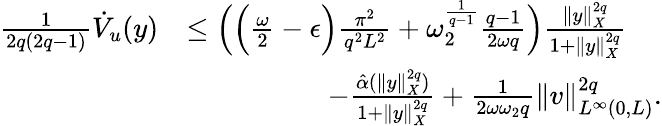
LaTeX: \begin{array}{rl}{\frac{1}{2q(2q-1)}\dot{V}_{u}(y)}&{\leq\Big(\Big(\frac{\omega}{2}-\epsilon\Big)\frac{\pi^{2}}{q^{2}L^{2}}+\omega_{2}^{\frac{1}{q-1}}\frac{q-1}{2\omega q}\Big)\frac{\| y\| _{X}^{2q}}{1+\| y\| _{X}^{2q}}}\\ &{\quad\qquad\qquad-\frac{\hat{\alpha}(\| y\| _{X}^{2q})}{1+\| y\| _{X}^{2q}}+\frac{1}{2\omega\omega_{2}q}\| v\| _{L^{\infty}(0,L)}^{2q}.}\end{array}